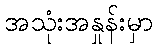
အသုံးအနှုန်းမှာ